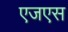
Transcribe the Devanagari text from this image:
एजएस